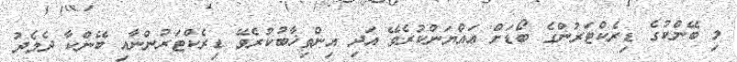
މި ބޭންކުގެ ޑިރެކްޓަރުންގެ ބޯޑަށް ޢައްޔަންކުރެވޭ އަދި އިންތިޚާބުކުރެވޭ ޑިރެކްޓަރުންނާއި ބޭންކާ ދެމެދު